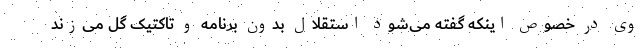
وی در خصوص اینکه گفته می‌شود استقلال بدون برنامه و تاکتیک گل می‌زند